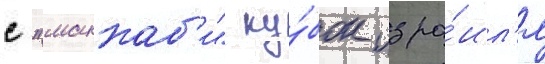
с "маккаб'и" ку́бок изра́ил'я